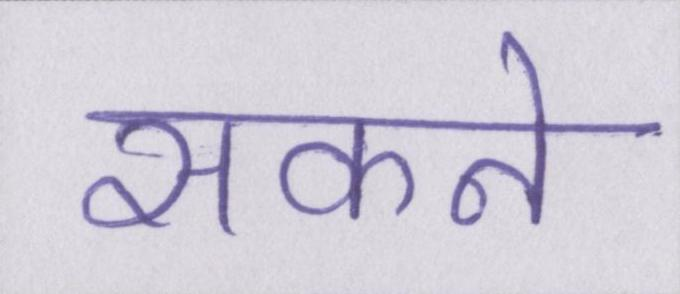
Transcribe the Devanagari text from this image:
सकने